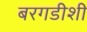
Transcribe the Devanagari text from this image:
बरगडीशी